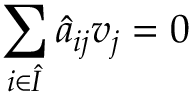
\sum _ { i \in \hat { I } } \hat { a } _ { i j } v _ { j } = 0